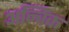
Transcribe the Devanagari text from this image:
अन्विक